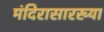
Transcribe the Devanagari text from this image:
मंदिरासारख्या